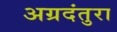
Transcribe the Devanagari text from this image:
अग्रदंतुरा